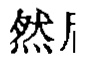
然后